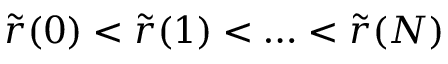
\tilde { r } ( 0 ) < \tilde { r } ( 1 ) < \ldots < \tilde { r } ( N )